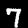
Digit: 7